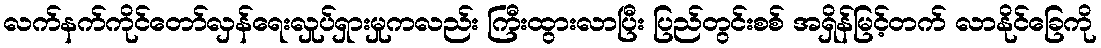
လက်နက်ကိုင်တော်လှန်ရေးလှုပ်ရှားမှုကလည်း ကြီးထွားလာပြီး ပြည်တွင်းစစ် အရှိန်မြင့်တက် လာနိုင်ခြေကို